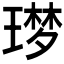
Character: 𮴬